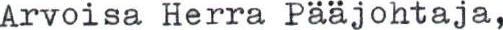
Arvoisa Herra Pääjohtaja,